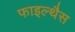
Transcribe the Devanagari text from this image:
फाइल्थैस